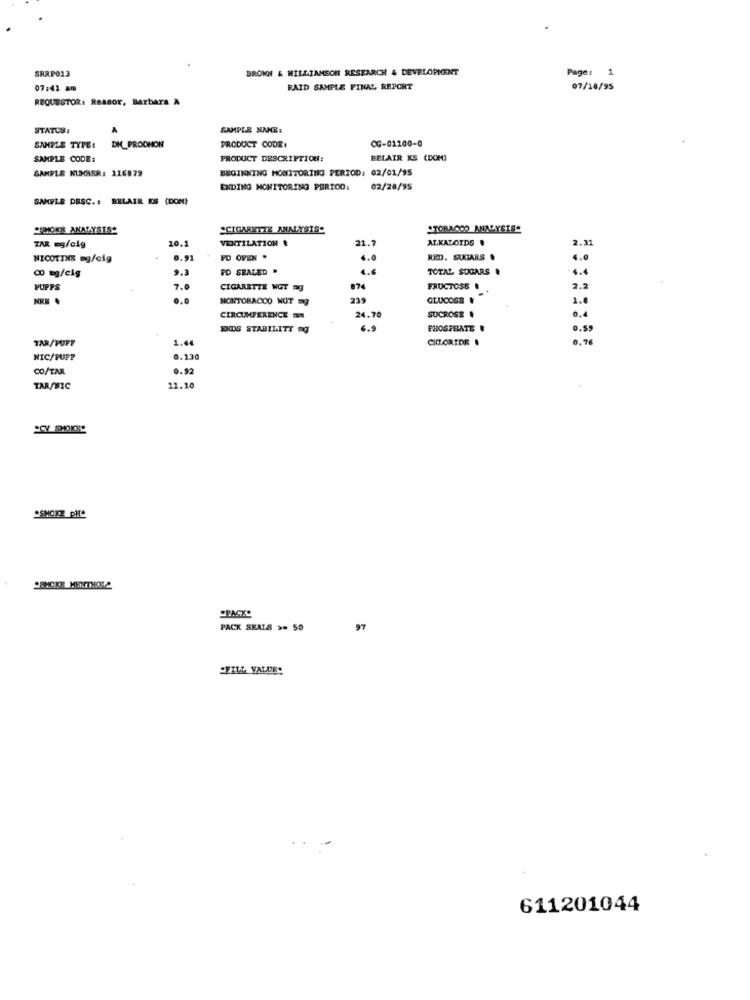
SRRP013
BROWN & WILLIAMSON RESEARCH & DEVELOPMENT
Page: 1
07:42 am
RAID SAMPLE FINAL REPORT
07/18/95
REQUESTOR: Reasor, Barbara A
STATUSI
A
SAMPLE NNC:
CG-01200-0
SAMPLE TYPE:
DI_PRODHON
PRODUCT CODE:
SAMPLE CODE:
PRODUCT DESCRIPTION:
BELAIR KS (DOM)
SAMPLE NUMBER: 116879
BEGINNING MONITORING PERIOD: 02/01/95
EXDING MONITORING PERIOD:
02/28/95
SMIFLE DESC. : BELAIR ES (DOM)
MOKR ANALYSIS"
"CIGARETTE ANALYSIS"
STORACOO ANALYSIS"
10.1
VENTILATION &
21.7
ALKALOIDS .
2.31
TAR eg/cig
NICOTINE mg/cig
0.91
PD OPEN .
6.0
RED. SUKTARS .
4.0
00 mg/cig
9.3
PD SEALED .
TOTAL SUGARS &
4.4
7.0
CIGARETTE NOT Dg
874
FRUCTOSE &
2.2
2.0
NONTOBACCO NOT mg
219
GLUCOSE
2.0
SUCROSE
CIRCUMFERENCE
24.70
.. 4
ENDS STABILITY Og
6.9
PHOSPHATE &
TAR/PUFF
1.44
CHLORIDR .
NIC/PUPP
0.130
CO/TAR
0.92
TAR/MIC
12.10
SCY SMOKE"
SMOKE PH"
MOER MENTHORA
SPACKO
PACK SEALS >> 50
97
"FILL VALUE"
611201044